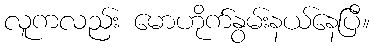
လူကလည်း မောဟိုက်နွမ်းနယ်နေပြီ။